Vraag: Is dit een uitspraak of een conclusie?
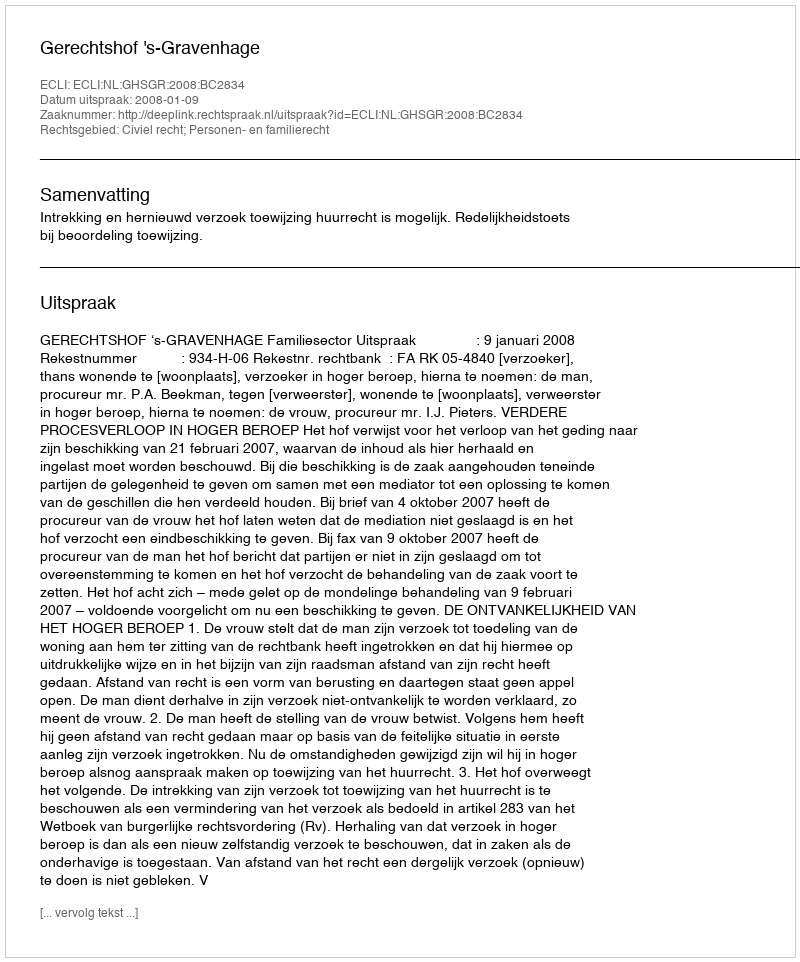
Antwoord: Uitspraak